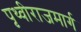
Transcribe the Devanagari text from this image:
पृथ्वीराजमार्ग